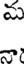
వ